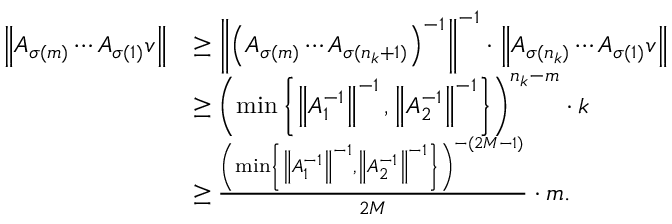
\begin{array} { r l } { \left\| A _ { \sigma ( m ) } \cdots A _ { \sigma ( 1 ) } v \right\| } & { \geq \left\| \left( A _ { \sigma ( m ) } \cdots A _ { \sigma ( n _ { k } + 1 ) } \right) ^ { - 1 } \right\| ^ { - 1 } \cdot \left\| A _ { \sigma ( n _ { k } ) } \cdots A _ { \sigma ( 1 ) } v \right\| } \\ & { \geq \left( \operatorname* { m i n } \left\{ \left\| A _ { 1 } ^ { - 1 } \right\| ^ { - 1 } , \left\| A _ { 2 } ^ { - 1 } \right\| ^ { - 1 } \right\} \right) ^ { n _ { k } - m } \cdot k } \\ & { \geq \frac { \left( \operatorname* { m i n } \left\{ \left\| A _ { 1 } ^ { - 1 } \right\| ^ { - 1 } , \left\| A _ { 2 } ^ { - 1 } \right\| ^ { - 1 } \right\} \right) ^ { - ( 2 M - 1 ) } } { 2 M } \cdot m . } \end{array}